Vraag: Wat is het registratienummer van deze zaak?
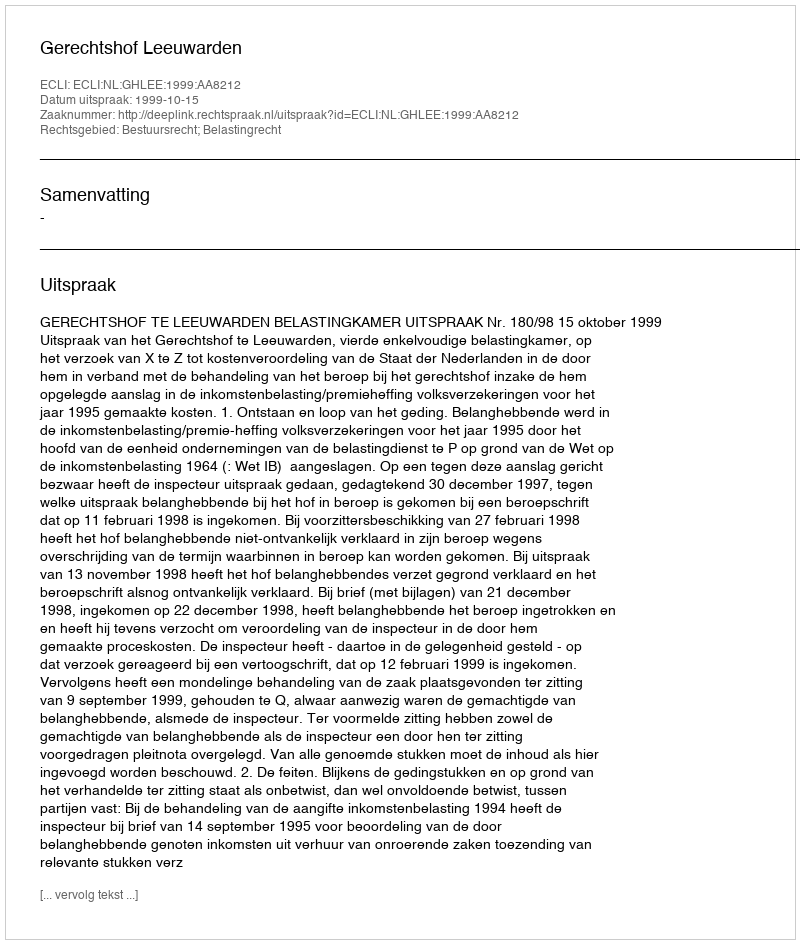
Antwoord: http://deeplink.rechtspraak.nl/uitspraak?id=ECLI:NL:GHLEE:1999:AA8212